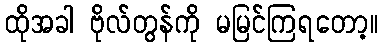
ထိုအခါ ဗိုလ်တွန်ကို မမြင်ကြရတော့။